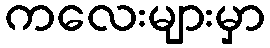
ကလေးများမှာ